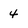
Character: 4